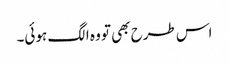
اس طرح بھی تو وہ الگ ہوئی۔